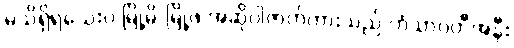
မသိရှိရသေးပဲ မြို့မိ/မြို့ဖ အဆိုပါဇာတ်ကားသည် ဟံသာဝတီအနီး